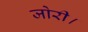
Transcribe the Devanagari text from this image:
जोरी।